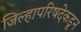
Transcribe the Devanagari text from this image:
जिल्हापरिषदेकडून